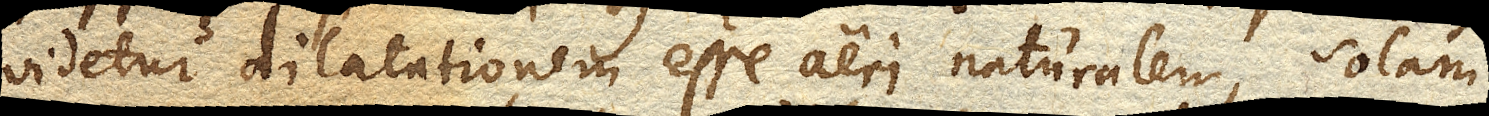
videtur dilatationem esse aeri naturalem, solam